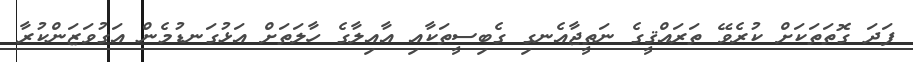
ފަދަ ގޮތަތަކަށް ކުރެވޭ ތަރައްޤީގެ ނަތީޖާއެނގި ގެބިސީތަކާއި އާއިލާގެ ހާލަތަށް އަޅުގަނޑުމެން އަގުވަޒަންކުރާ